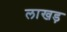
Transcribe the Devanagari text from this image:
लाखड़